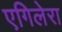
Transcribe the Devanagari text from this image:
एगिलेरा